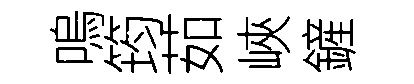
嗚筠茹峽鏟